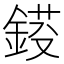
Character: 𨨈